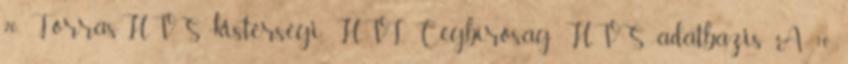
20 Forrás:HVS kistérségi HVI, Cégbíróság, HVS adatbázis A 10